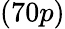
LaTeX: (70p)